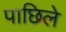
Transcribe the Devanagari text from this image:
पाछिले